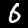
Digit: 6